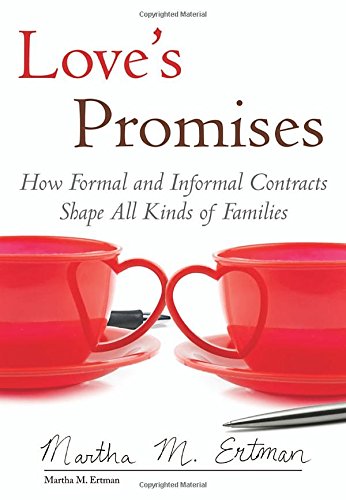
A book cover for Love's Promises: How Formal and Informal Contracts Shape All Kinds of Families (Queer Ideas/Queer Action); Martha M. Ertman; Law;